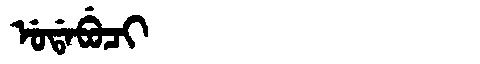
Manchu: ᡠᡩᠠᠪᡠᠴᡳ
Romanization: UDABUCI